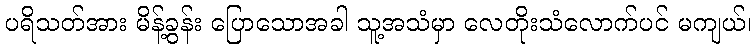
ပရိသတ်အား မိန့်ခွန်း ပြောသောအခါ သူ့အသံမှာ လေတိုးသံလောက်ပင် မကျယ်၊